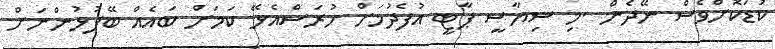
ކުޑަކޮށްވެސް ނޭދެން .މި ސިޔާސީ ޕާޓީ އުފެދުމަށް ހުރަސްއެޅޭ ކަމަށް ބައެއް ބޭފުޅުންނަށް